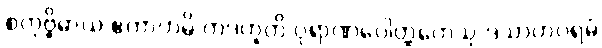
စတုဗ္ဗိဓာယ ဧကာဟမ္ပိ တဒဟူတိ ပုရာဏပေါတ္ထကေသု ဒသာဟပရမံ